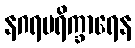
နဂရပရိက္ခာရေန